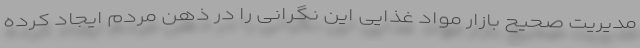
مدیریت صحیح بازار مواد غذایی این نگرانی را در ذهن مردم ایجاد کرده